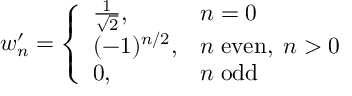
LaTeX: w _ { n } ^ { \prime } = \left\{ \begin{array} { l l } { { \frac { 1 } { \sqrt { 2 } } , } } & { { n = 0 } } \\ { { ( - 1 ) ^ { n / 2 } , } } & { { n \; \mathrm { e v e n } , \; n > 0 } } \\ { { 0 , } } & { { n \; \mathrm { o d d } } } \end{array} \right.